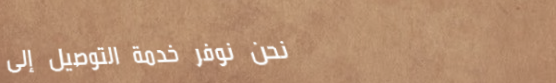
نحن نوفر خدمة التوصيل إلى